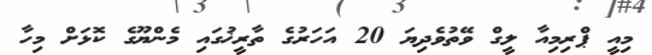
މިއީ ޕްރިމިއާ ލީގް ވޭތުވެދިޔަ 20 އަހަރުގެ ތާރީޚުގައި މެންޔޫގެ ކޮޅަށް މިހާ